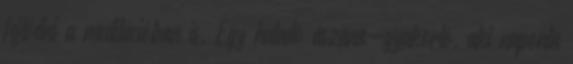
fejlődni a meditációban is. Egy haladó ászana-gyakorló, aki naponta